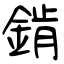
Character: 錹